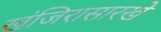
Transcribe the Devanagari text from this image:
खंजिरासारखे